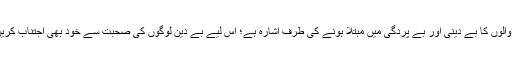
دوسرے خواب میں بے دین لوگوں کی صحبت کی وجہ سے خود کا اور گھر والوں کا بے دینی اور بے پردگی میں مبتلا ہونے کی طرف اشارہ ہے؛ اس لیے بے دین لوگوں کی صحبت سے خود بھی اجتناب کریں اور گھر والوں (بیوی بچے اور بہن بھائی وغیرہ) سے بھی اجتناب کروائیں۔